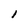
Character: l